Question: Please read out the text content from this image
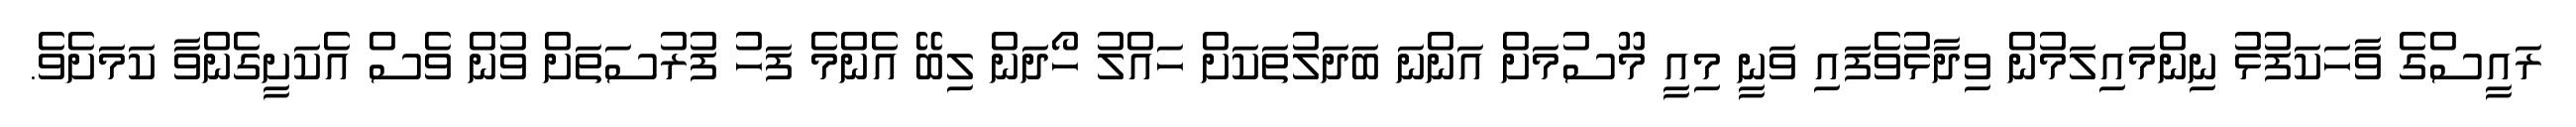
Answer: ރައީސްގެ ވާހަކަފުޅު ނިންމައިލަމުން ވިދާޅުވެފައި ވަނީ މިއީ މޫސުމަށް އަންނަ ބަދަލުތަކަށް ހައްލު ހޯދަން ލިބޭ އެންމެ ފަހު ފުރުސަތަށް ވުން ވެސް އެކަށީގެންވާ ކަމަށެވެ.